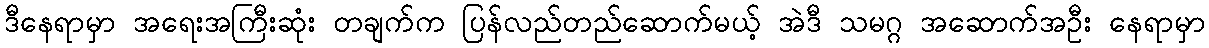
ဒီနေရာမှာ အရေးအကြီးဆုံး တချက်က ပြန်လည်တည်ဆောက်မယ့် အဲဒီ သမဂ္ဂ အဆောက်အဦး နေရာမှာ